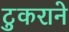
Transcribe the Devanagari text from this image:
टुकराने